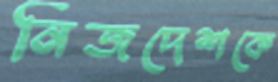
নিজদেশকে